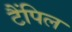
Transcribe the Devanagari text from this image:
टैंपिल